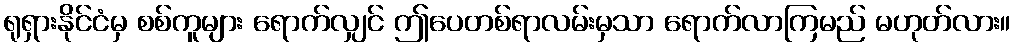
ရုရှားနိုင်ငံမှ စစ်ကူများ ရောက်လျှင် ဤပေတစ်ရာလမ်းမှသာ ရောက်လာကြမည် မဟုတ်လား။